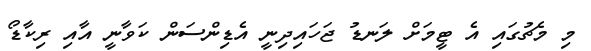
މި މެޗުގައި އެ ޓީމަށް ލަނޑު ޖަހައިދިނީ އެޑިންސަން ކަވާނީ އާއި ރިކާޑޯ